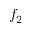
f _ { 2 }